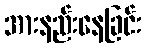
အားနည်းနေခြင်း